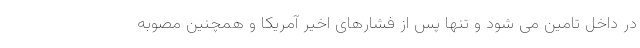
در داخل تامین می شود و تنها پس از فشارهای اخیر آمریکا و همچنین مصوبه